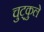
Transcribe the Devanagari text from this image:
चुट्कुले